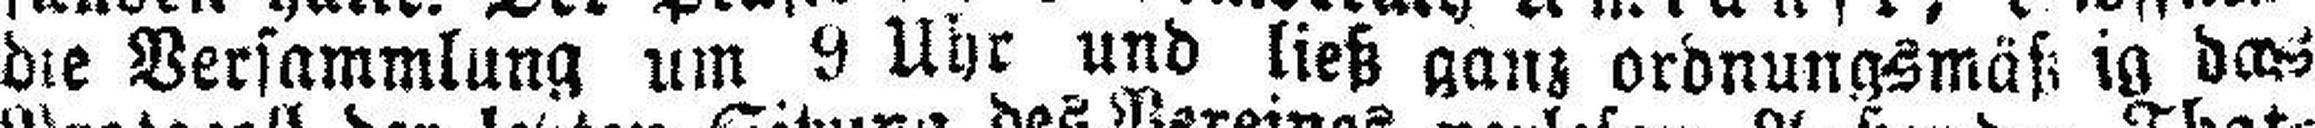
die Versammlung um 9 Uhr und ließ ganz ordnungsmäß ig d###